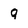
Character: q